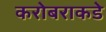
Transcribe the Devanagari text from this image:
करोबराकडे